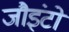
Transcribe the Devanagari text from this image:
जौइंटों